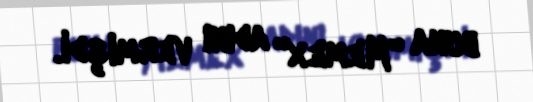
buna "Memex" adını vermişdi.